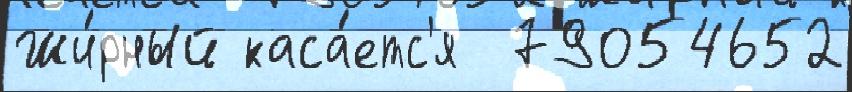
Жи́рный каса́етс'я  79054652